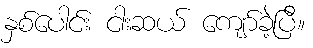
နှစ်ပေါင်း ငါးဆယ် ကျော်ခဲ့ပြီ။